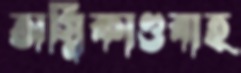
অগ্নিকাণ্ডবাহ